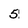
Character: 5